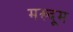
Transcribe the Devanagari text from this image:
मख्दूम